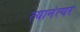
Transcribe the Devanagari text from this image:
त्यानंत्यर